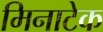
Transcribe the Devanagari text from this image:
मिनाटेक